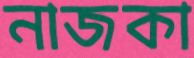
নাজকা